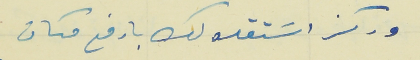
وركز اسَتقلالك بارفع مكان